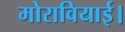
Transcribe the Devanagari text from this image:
मोरावियाई।